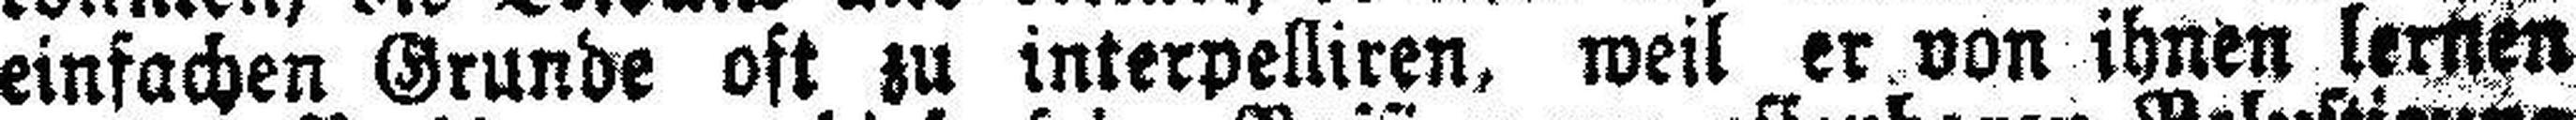
einfachen Grunde oft zu interpelliren, weil er von ihnen lernen